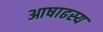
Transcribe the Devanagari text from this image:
आषाढस्य